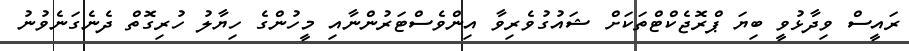
ރައީސް ވިދާޅުވީ ބިޔަ ޕްރޮޖެކްޓްތަކަށް ޝައުގުވެރިވާ އިންވެސްޓަރުންނާއި މީހުންގެ ހިޔާލު ހުރިގޮތް ދެނެގަނެވުނު